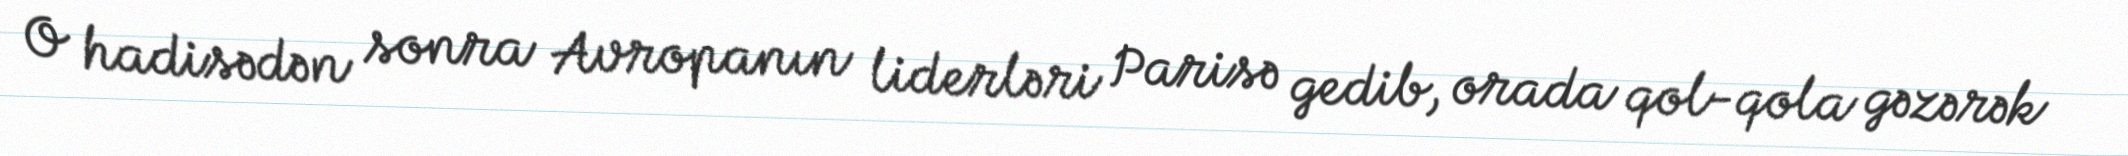
O hadisədən sonra Avropanın liderləri Parisə gedib, orada qol-qola gəzərək